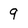
Character: 9